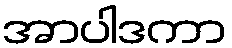
အာပါဒကာ